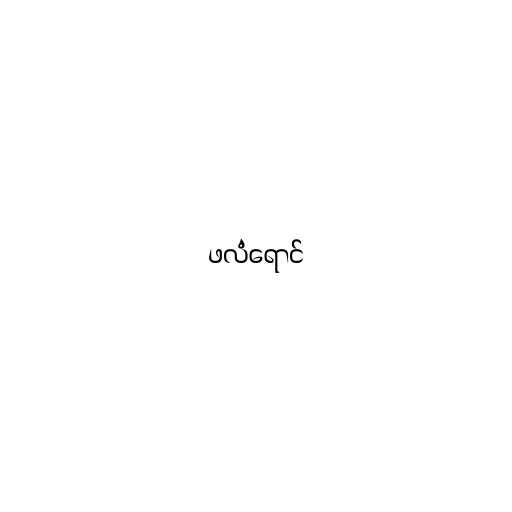
ဖလံရောင်